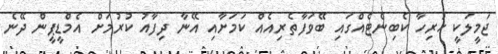
ޖަމީލަކީ ހުރިހާ ކެބިނެޓެއްގައި ބޭވަފާތެރިއެއް ކަމަށާއި އޭނާ ދިފާއު ކުރުމަށް އެމްޑީޕީން ދޭނެ